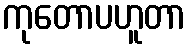
ကုတောပဟူတာ